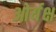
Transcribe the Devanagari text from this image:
ओर्यक्ष